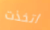
اتخذت